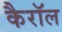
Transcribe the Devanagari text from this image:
कैराॅल